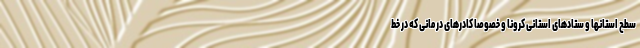
سطح استانها و ستادهای استانی کرونا و خصوصا کادرهای درمانی که در خط